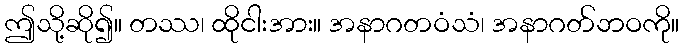
ဤသို့ဆို၍။ တဿ၊ ထိုငါးအား။ အနာဂတဝံသံ၊ အနာဂတ်ဘဝကို။